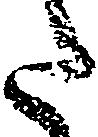
た